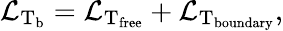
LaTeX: {\cal L}_{\mathrm{T_{\mathrm{b}}}}={\cal L}_{\mathrm{T_{\mathrm{free}}}}+{\cal L}_{\mathrm{T_{\mathrm{boundary}}}},